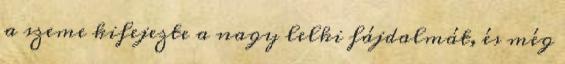
a szeme kifejezte a nagy lelki fájdalmát, és még